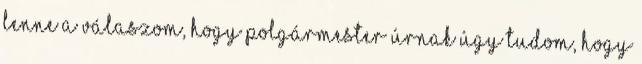
lenne a válaszom, hogy polgármester úrnak úgy tudom, hogy